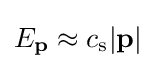
E_{\mathbf {p} }\approx c_{\mathrm {s} }|\mathbf {p} |